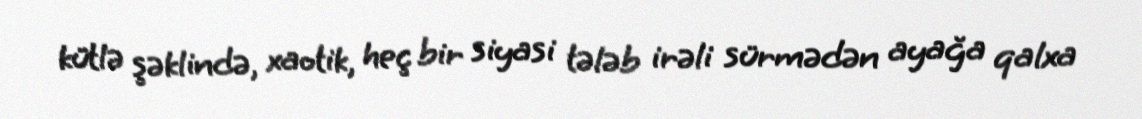
kütlə şəklində, xaotik, heç bir siyasi tələb irəli sürmədən ayağa qalxa